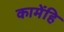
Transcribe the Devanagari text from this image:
कामेंहि